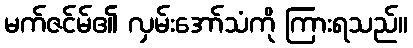
မက်ဇင်မ်၏ လှမ်းအော်သံကို ကြားရသည်။